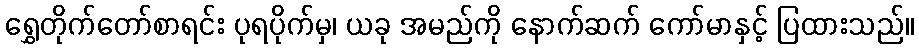
ရွှေတိုက်တော်စာရင်း ပုရပိုက်မှ၊ ယခု အမည်ကို နောက်ဆက် ကော်မာနှင့် ပြထားသည်။